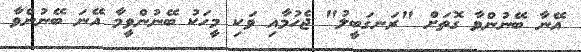
އޭނާ ބޭނުންވާ ގޮތަށް "ރަނގަބީލު" ޖެހުމާއި ވަކި މީހަކު ބޭނުންވީމާ އޭނަ ބޭނުންވާ